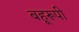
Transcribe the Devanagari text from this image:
बहूरूपी